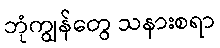
ဘုံကျွန်တွေ သနားစရာ